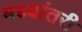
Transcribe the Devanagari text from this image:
मध्यांतरी